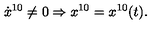
\dot { x } ^ { 1 0 } \neq 0 \Rightarrow x ^ { 1 0 } = x ^ { 1 0 } ( t ) .